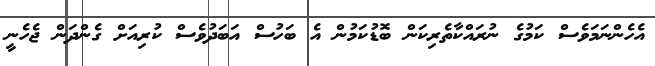
އެހެންނަމަވެސް ކަމުގެ ނުރައްކާތެރިކަން ބޮޑުކަމުން އެ ބަހުސް އަބަދުވެސް ކުރިއަށް ގެންދަން ޖެހެނީ